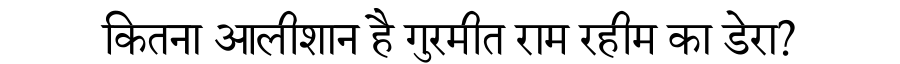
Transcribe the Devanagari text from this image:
कितना आलीशान है गुरमीत राम रहीम का डेरा?